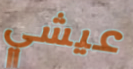
عيشي